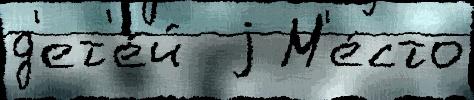
д'ет'е́й  j М'е́сто